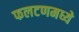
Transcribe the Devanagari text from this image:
फलटणमध्ये